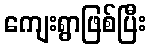
ကျေးရွာဖြစ်ပြီး